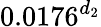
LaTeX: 0.0176^{d_{2}}